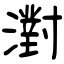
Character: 濧